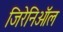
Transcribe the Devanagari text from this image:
जिरेनिऑल